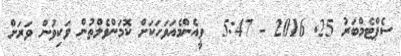
ސެޕްޓެމްބަރު 25